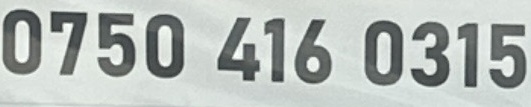
0750 416 0315